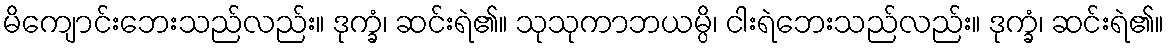
မိကျောင်းဘေးသည်လည်း။ ဒုက္ခံ၊ ဆင်းရဲ၏။ သုသုကာဘယမ္ပိ၊ ငါးရဲဘေးသည်လည်း။ ဒုက္ခံ၊ ဆင်းရဲ၏။